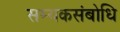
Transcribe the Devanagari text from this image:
सम्यकसंबोधि